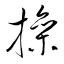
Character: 操